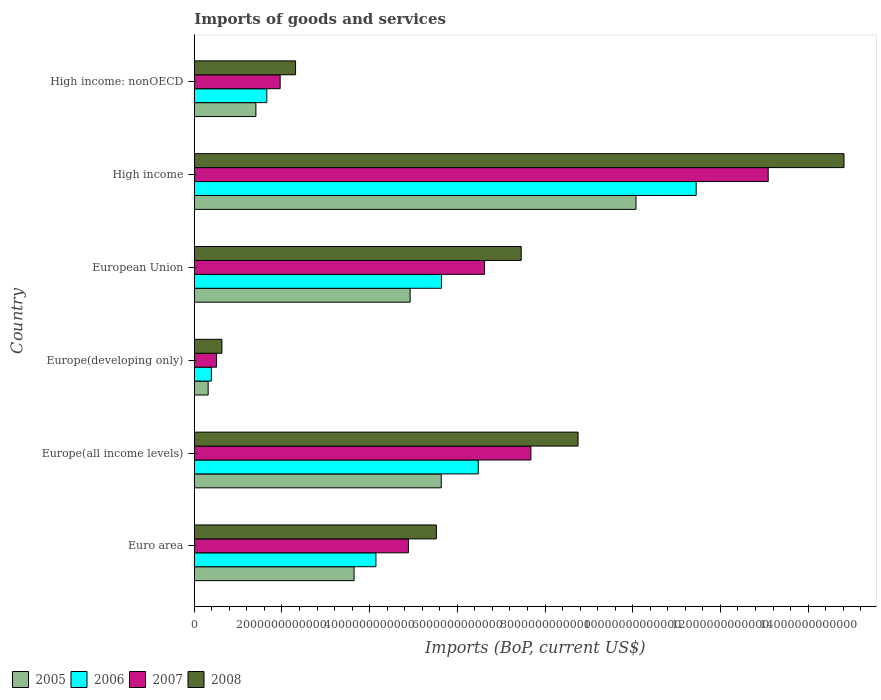
| Country | 2005 | 2006 | 2007 | 2008 |
 | --- | --- | --- | --- | --- |
 | Euro area | 3.64e+12 | 4.14e+12 | 4.88e+12 | 5.52e+12 |
 | Europe(all income levels) | 5.63e+12 | 6.48e+12 | 7.68e+12 | 8.75e+12 |
 | Europe(developing only) | 3.17e+11 | 3.9e+11 | 5.09e+11 | 6.31e+11 |
 | European Union | 4.92e+12 | 5.64e+12 | 6.62e+12 | 7.46e+12 |
 | High income | 1.01e+13 | 1.14e+13 | 1.31e+13 | 1.48e+13 |
 | High income: nonOECD | 1.41e+12 | 1.65e+12 | 1.96e+12 | 2.31e+12 |